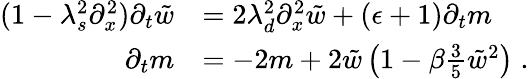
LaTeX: \begin{array}{rl}{(1-\lambda_{s}^{2}\partial_{x}^{2})\partial_{t}\tilde{w}}&{=2\lambda_{d}^{2}\partial_{x}^{2}\tilde{w}+(\epsilon+1)\partial_{t}m}\\ {\partial_{t}m}&{=-2m+2\tilde{w}\left(1-\beta\frac{3}{5}\tilde{w}^{2}\right)\; .}\end{array}